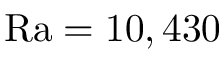
\mathrm { R a } = 1 0 , 4 3 0